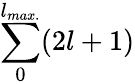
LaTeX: \sum_{0}^{l_{max.}}(2l+1)